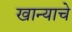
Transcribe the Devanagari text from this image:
खान्याचे